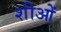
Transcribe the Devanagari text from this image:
शीओं